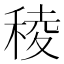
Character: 稜